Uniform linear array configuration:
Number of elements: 24
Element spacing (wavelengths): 0.5
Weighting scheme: hamming
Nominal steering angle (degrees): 15
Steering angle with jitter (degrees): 16.965
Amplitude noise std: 0.05
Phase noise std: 0.05

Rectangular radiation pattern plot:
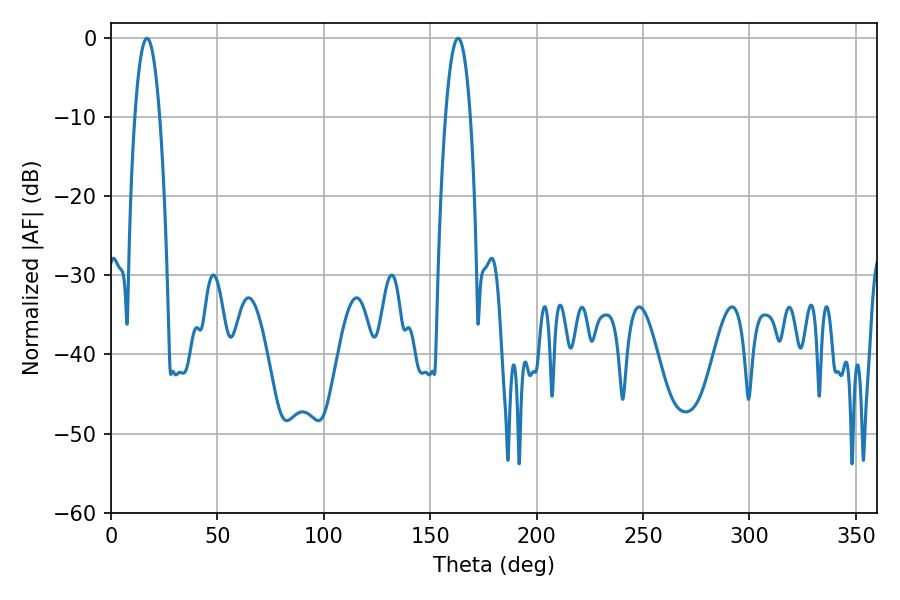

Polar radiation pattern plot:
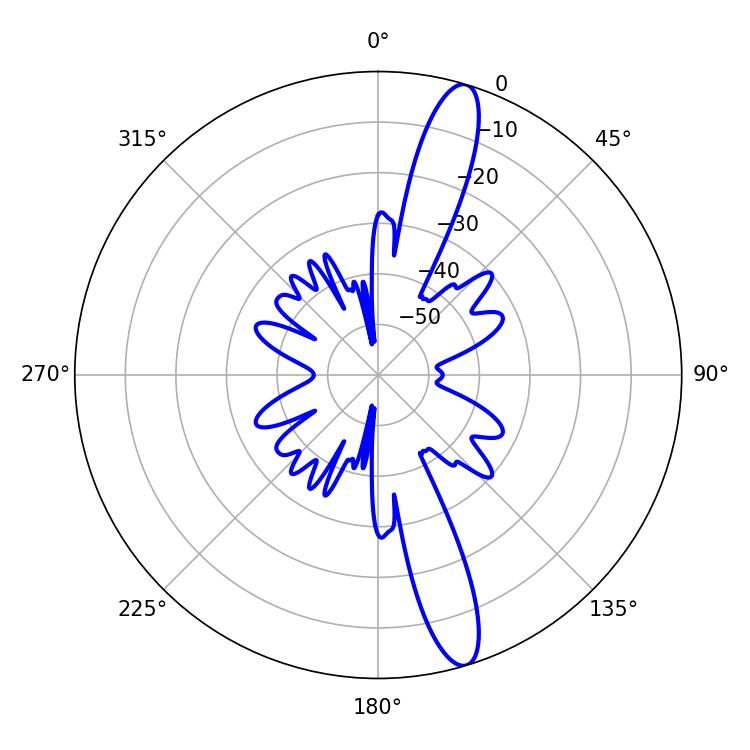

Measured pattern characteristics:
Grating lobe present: FALSE
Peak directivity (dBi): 14.509
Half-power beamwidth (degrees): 6.48
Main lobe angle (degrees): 16.92